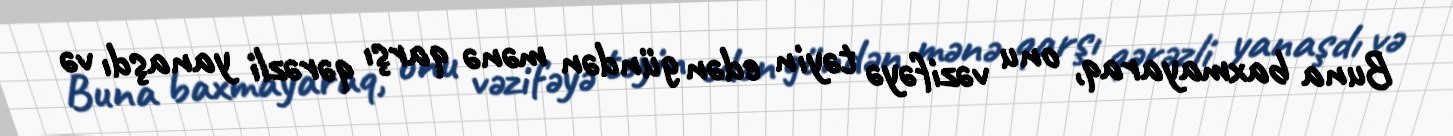
Buna baxmayaraq, onu vəzifəyə təyin edən gündən mənə qarşı qərəzli yanaşdı və